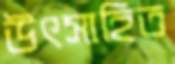
উৎসাহিত